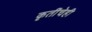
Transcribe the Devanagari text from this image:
कृतींचेही